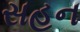
સહન